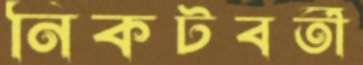
নিকটবর্তী